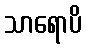
သာရောပိ